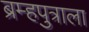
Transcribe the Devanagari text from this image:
ब्रम्हपुत्राला